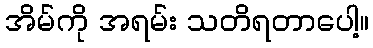
အိမ်ကို အရမ်း သတိရတာပေါ့။